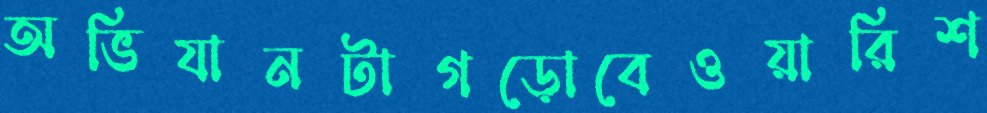
অভিযানটাগড়োবেওয়ারিশ